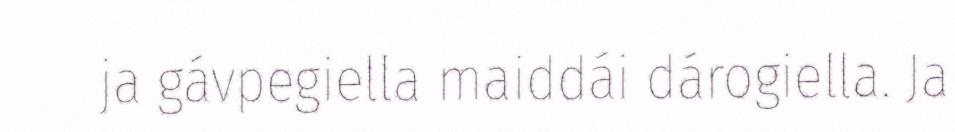
ja gávpegiella maiddái dárogiella. Ja